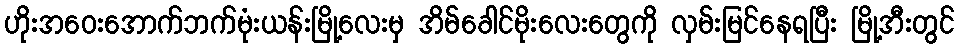
ဟိုးအဝေးအောက်ဘက်မုံးယန်းမြို့လေးမှ အိမ်ခေါင်မိုးလေးတွေကို လှမ်းမြင်နေရပြီး မြို့အီးတွင်